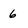
Character: 6